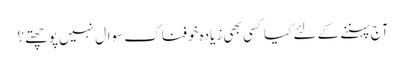
آج پہننے کے لئے کیا کسی بھی زیادہ خوفناک سوال نہیں پوچھتے؟